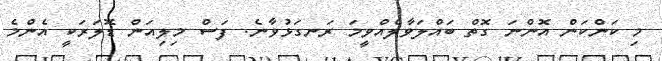
މި ކަންކަން އޮންނަ ގޮތް ބައްލަވާލެއްވީމަ ރަނގަޅުވާނެ. ފަސް މިލިއަން ޑޮލަރަކީ އެންމެ